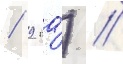
/ 9 га́) /